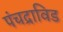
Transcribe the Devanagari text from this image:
पंचद्राविड